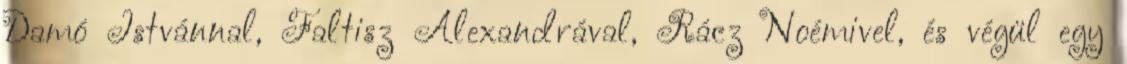
Damó Istvánnal, Faltisz Alexandrával, Rácz Noémivel, és végül egy